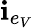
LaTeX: \mathbf{i}_{e_{V}}